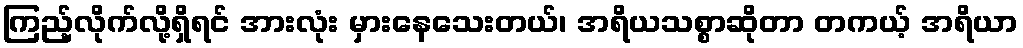
ကြည့်လိုက်လို့ရှိရင် အားလုံး မှားနေသေးတယ်၊ အရိယသစ္စာဆိုတာ တကယ့် အရိယာ